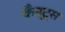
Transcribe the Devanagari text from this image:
कँन्ट्‌स